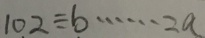
1 0 2 \div b \cdots 2 a